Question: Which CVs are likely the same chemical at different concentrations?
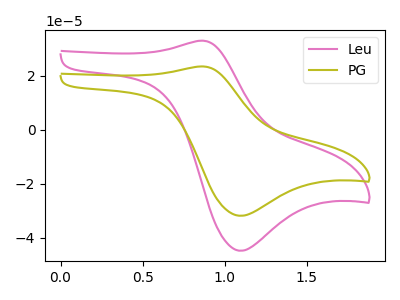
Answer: <think>The pink curve "Leu" has an anodic peak at (0.85V, 32.95uA) and a cathodic peak at (1.10V, -44.75uA). The olive curve "PG" has an anodic peak at (0.85V, 23.40uA) and a cathodic peak at (1.10V, -31.80uA).
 All the peaks in "Leu" have a peak in "PG" at the same potential. Every peak in "Leu" is higher than every peak in "PG".</think>
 <answer>"Leu" and "PG" have the same shape and are likely CV's of the same chemical.</answer>
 <eval>"Leu" "PG"</eval>